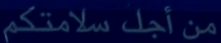
منأجلسلامتكم